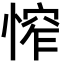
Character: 𢞲